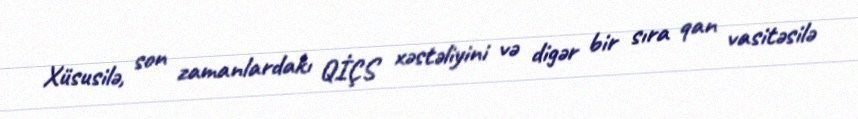
Xüsusilə, son zamanlardakı QİÇS xəstəliyini və digər bir sıra qan vasitəsilə